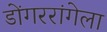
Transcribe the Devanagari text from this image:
डोंगररांगेला